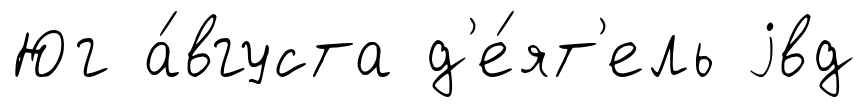
Юг а́вгуста д'е́ят'ель jвд